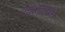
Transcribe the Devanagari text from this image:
लीडबेली